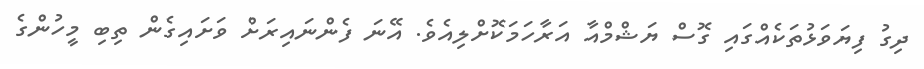
ދިގު ފިޔަވަޅުތަކެއްގައި ގޮސް ޔަޝްމްއާ އަރާހަމަކޮށްލިއެވެ. އޭނަ ފެންނައިރަށް ވަށައިގެން ތިބި މީހުންގެ